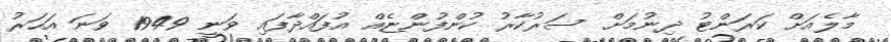
މާލެއަށް ކަރަންޓު ދިނުމަށް ސަރުކާރު ކުންފުންޏެއް އުފައްދާފައި ވަނީ 1949 ވަނަ އަހަރު